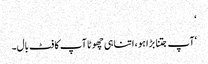
‘
‘آپ جتنا بڑا ہو ، اتنا ہی چھوٹا آپ کا فٹ بال۔